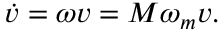
\dot { v } = \omega v = M \omega _ { m } v .